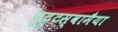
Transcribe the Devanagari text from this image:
पुट्टस्वामैया